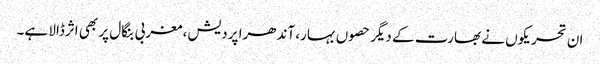
ان تحریکوں نے بھارت کے دیگر حصوں بہار، آندھرا پردیش، مغربی بنگال پر بھی اثرڈالا ہے۔